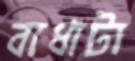
বাধাটা